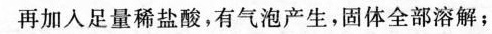
再加入足量稀盐酸，有气泡产生，固体全部溶解；